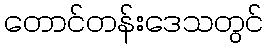
တောင်တန်းဒေသတွင်